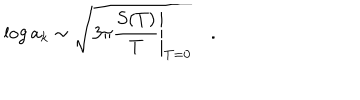
\log a _ { k } \sim \sqrt { 3 \pi \left. \frac { S ( T ) } { T } \right| _ { T = 0 } } \quad .